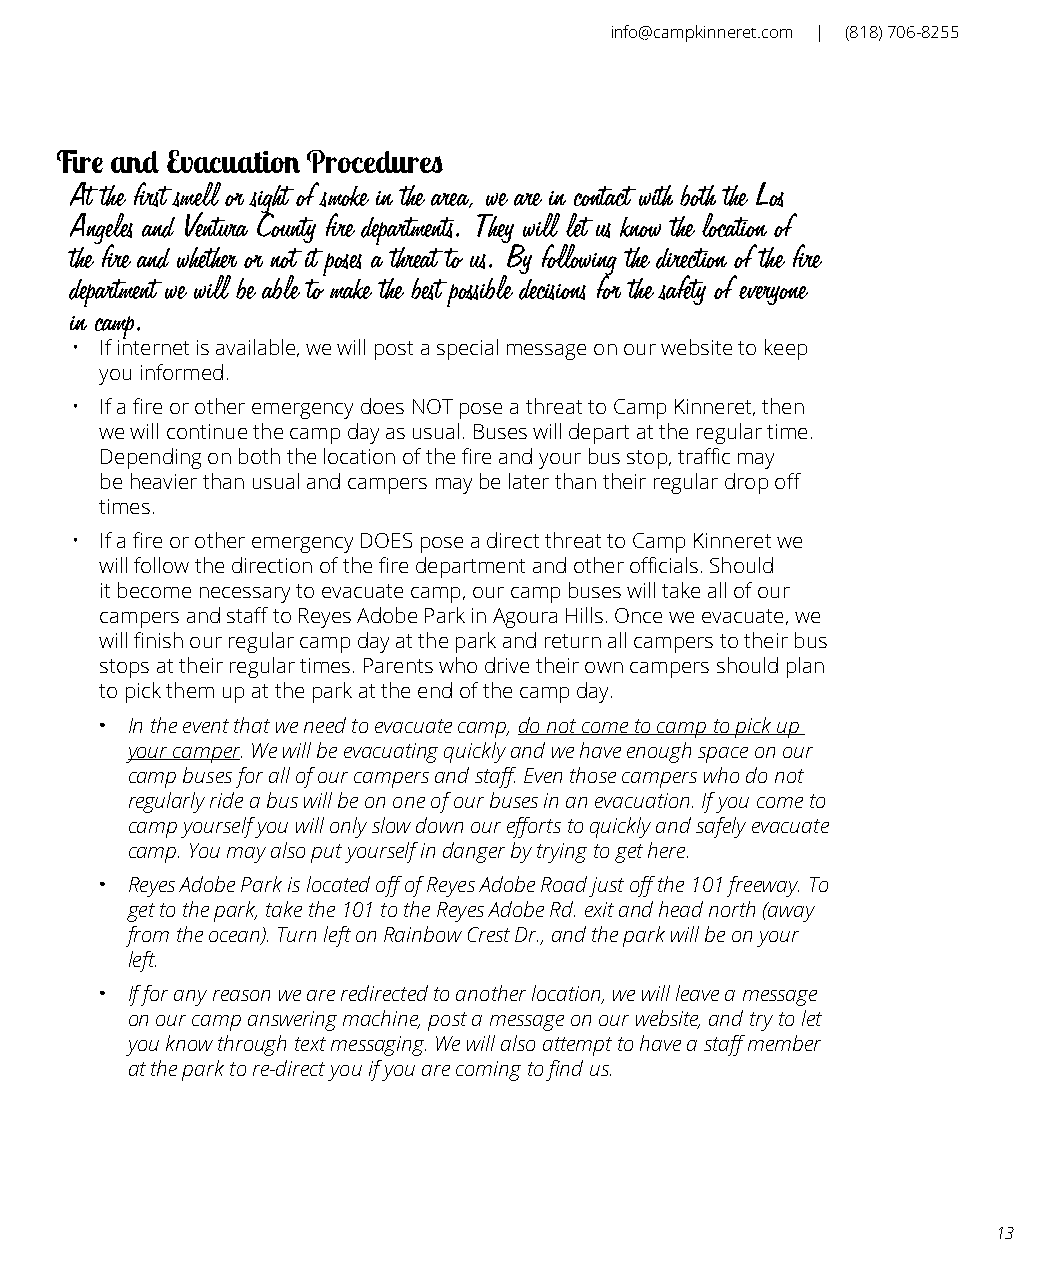
info@campkinneret.com | (818) 706-8255
 Fire and Evacuation Procedures
 Our
 At the first smell or sight of smoke in the area, we are in contact with both the Los
 Angeles and Ventura County fire departments. They will let us know the location of
 the fire and whether or not it poses a threat to us. By following the direction of the fire
 department we will be able to make the best possible decisions for the safety of everyone
 in camp.
 • If internet is available, we will post a special message on our website to keep
 you informed.
 • If a fire or other emergency does NOT pose a threat to Camp Kinneret, then
 we will continue the camp day as usual. Buses will depart at the regular time.
 Depending on both the location of the fire and your bus stop, traffic may
 be heavier than usual and campers may be later than their regular drop off
 times.
 • If a fire or other emergency DOES pose a direct threat to Camp Kinneret we
 will follow the direction of the fire department and other officials. Should
 it become necessary to evacuate camp, our camp buses will take all of our
 campers and staff to Reyes Adobe Park in Agoura Hills. Once we evacuate, we
 will finish our regular camp day at the park and return all campers to their bus
 stops at their regular times. Parents who drive their own campers should plan
 to pick them up at the park at the end of the camp day.
 · In the event that we need to evacuate camp, do not come to camp to pick up
 your camper. We will be evacuating quickly and we have enough space on our
 camp buses for all of our campers and staff. Even those campers who do not
 regularly ride a bus will be on one of our buses in an evacuation. If you come to
 camp yourself you will only slow down our efforts to quickly and safely evacuate
 camp. You may also put yourself in danger by trying to get here.
 · Reyes Adobe Park is located off of Reyes Adobe Road just off the 101 freeway. To
 get to the park, take the 101 to the Reyes Adobe Rd. exit and head north (away
 from the ocean). Turn left on Rainbow Crest Dr., and the park will be on your
 left.
 · If for any reason we are redirected to another location, we will leave a message
 on our camp answering machine, post a message on our website, and try to let
 you know through text messaging. We will also attempt to have a staff member
 at the park to re-direct you if you are coming to find us.
 13